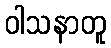
ဝါသနာတူ